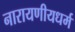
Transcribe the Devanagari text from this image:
नारायणीयधर्म